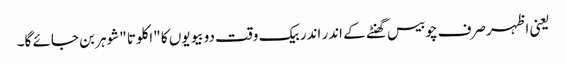
یعنی اظہرصرف چوبیس گھنٹے کے اندر اندر بیک وقت دو بیویوں کا "اکلوتا "شوہر بن جائے گا۔